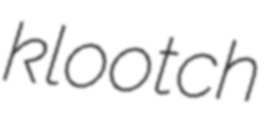
klootch